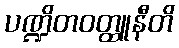
ပဏ္ဍိတဝတ္ထူနီတိ